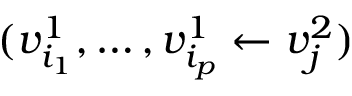
( v _ { i _ { 1 } } ^ { 1 } , \ldots , v _ { i _ { p } } ^ { 1 } \leftarrow v _ { j } ^ { 2 } )